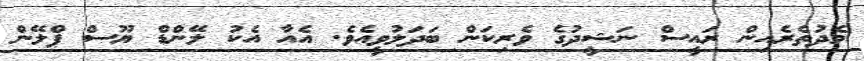
މެދުތެރެއިން ރައީސް ނަޝީދުގެ ވެރިކަން ބަދަލުވީއެވެ. އެއާ އެކު ލޭންޑް ޔޫސް ޕްލޭން